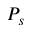
P _ { s }